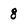
Character: 8